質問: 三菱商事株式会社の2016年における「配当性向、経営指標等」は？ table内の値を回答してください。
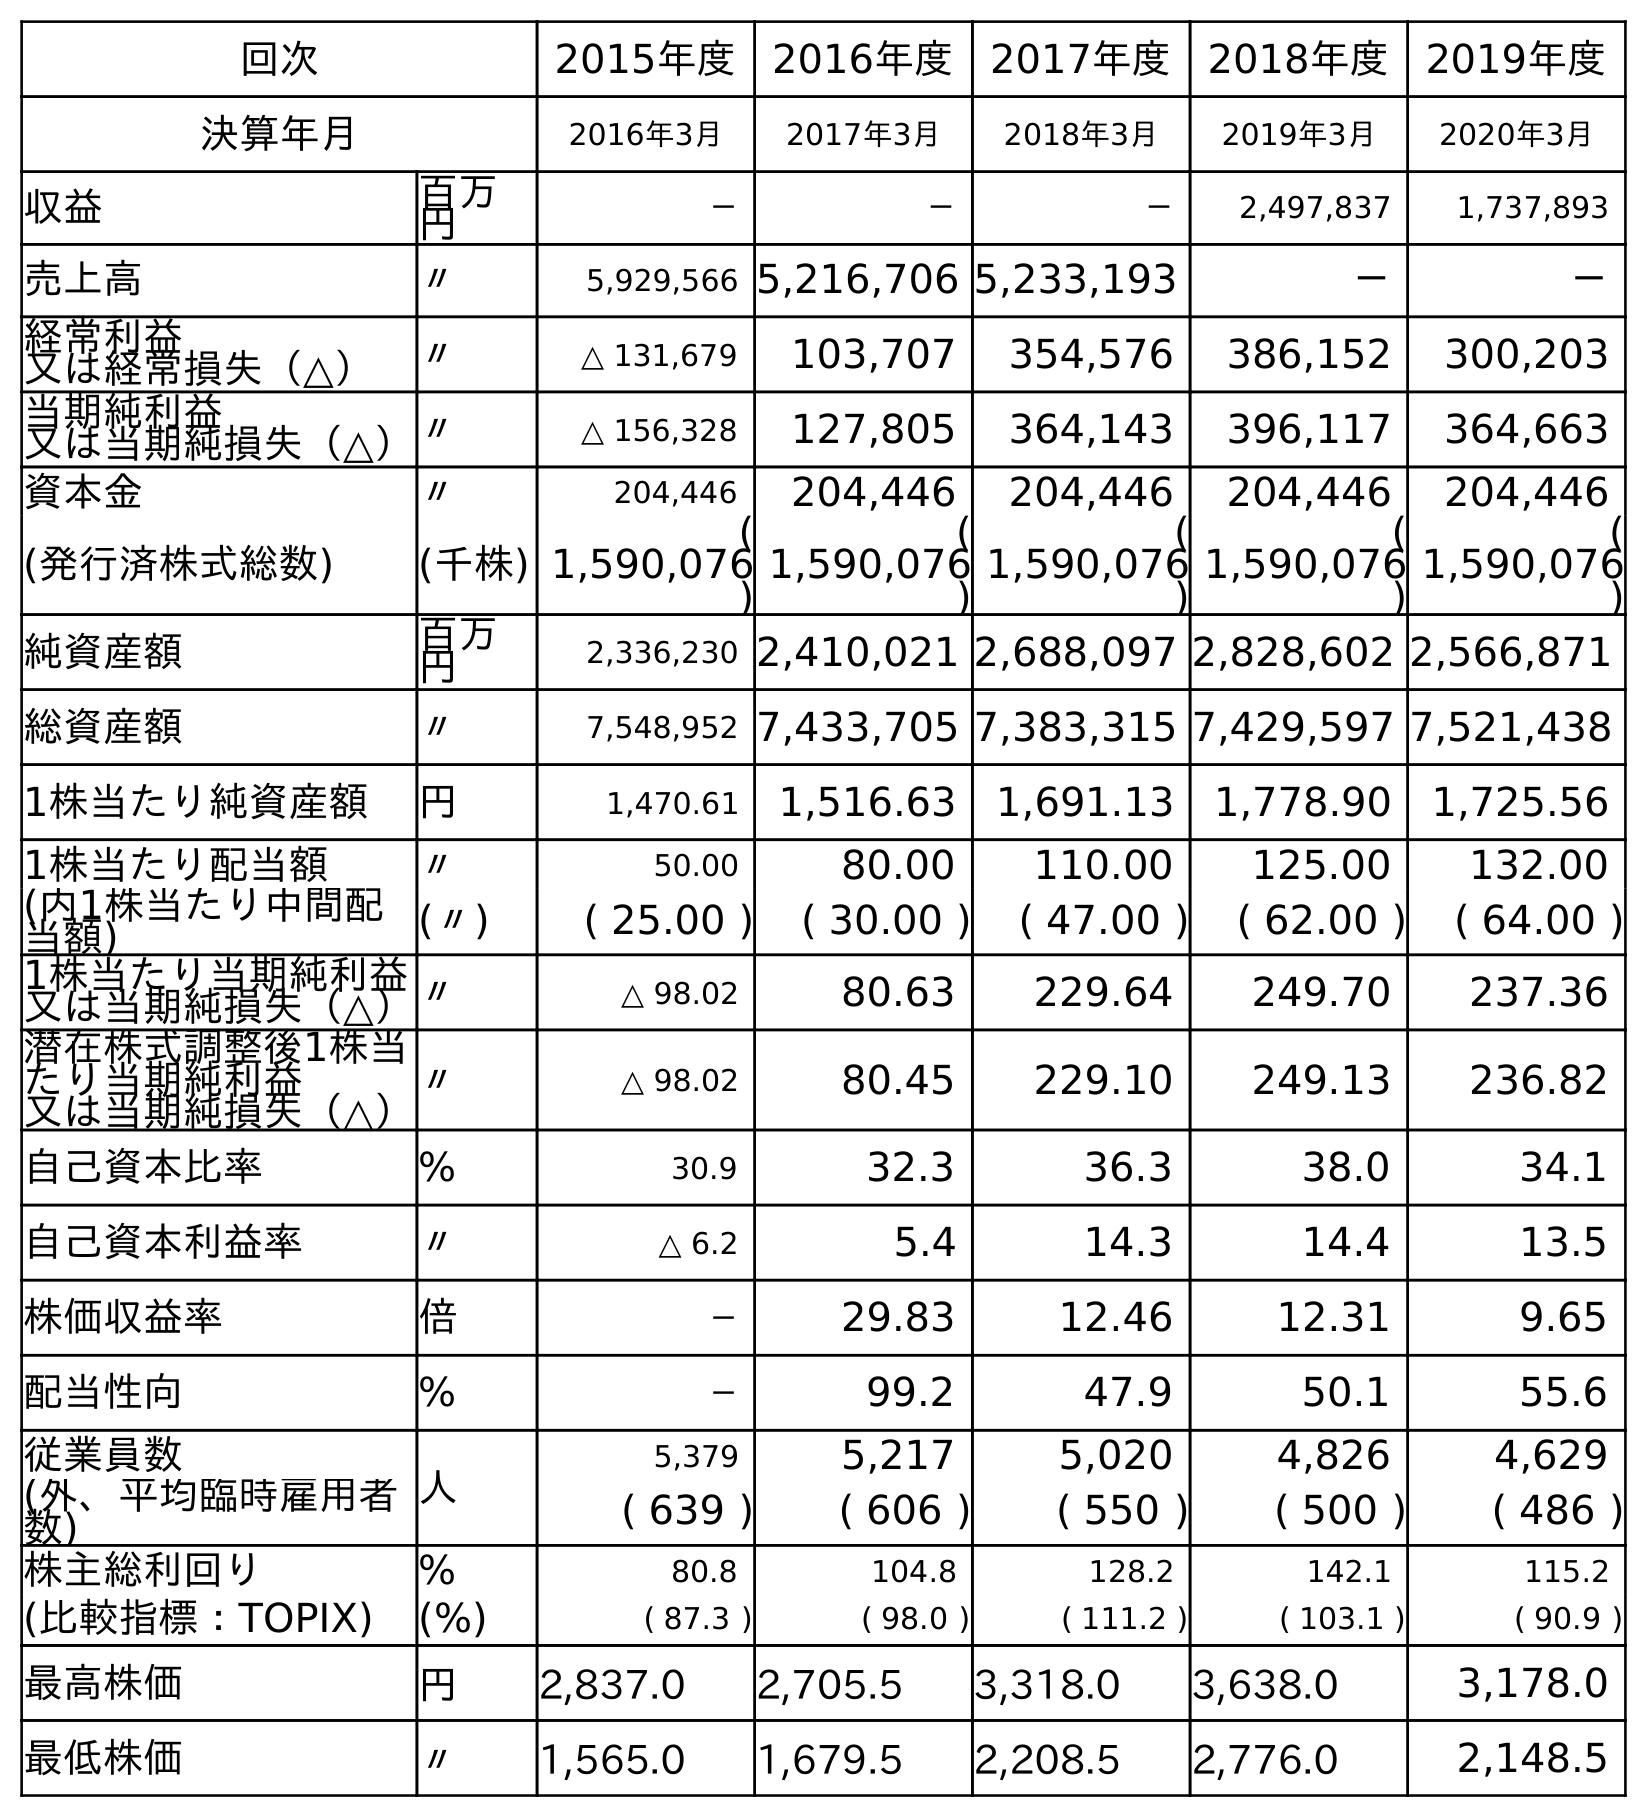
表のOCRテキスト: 回次 2015年度 2016年度 2017年度 2018年度 2019年度 決算年月 2016年3月 2017年3月 2018年3月 2019年3月 2020年3月 収益 百万 円 － － － 2,497,837 1,737,893 売上高 〃 5,929,566 5,216,706 5,233,193 － － 経常利益 又は経常損失（△） 〃 △ 131,679 103,707 354,576 386,152 300,203 当期純利益 又は当期純損失（△）〃 △ 156,328 127,805 364,143 396,117 364,663 資本金 〃 204,446 204,446 204,446 204,446 204,446 (発行済株式総数) (千株) ( 1,590,076 ) ( 1,590,076 ) ( 1,590,076 ) ( 1,590,076 ) ( 1,590,076 ) 純資産額 百万 円 2,336,230 2,410,021 2,688,097 2,828,602 2,566,871 総資産額 〃 7,548,952 7,433,705 7,383,315 7,429,597 7,521,438 1株当たり純資産額 円 1,470.61 1,516.63 1,691.13 1,778.90 1,725.56 1株当たり配当額 〃 50.00 80.00 110.00 125.00 132.00 (内1株当たり中間配 当額) (〃) ( 25.00 ) ( 30.00 ) ( 47.00 ) ( 62.00 ) ( 64.00 ) 1株当たり当期純利益 又は当期純損失（△）〃 △ 98.02 80.63 229.64 249.70 237.36 潜在株式調整後1株当 たり当期純利益 又は当期純損失（△） 〃 △ 98.02 80.45 229.10 249.13 236.82 自己資本比率 % 30.9 32.3 36.3 38.0 34.1 自己資本利益率 〃 △ 6.2 5.4 14.3 14.4 13.5 株価収益率 倍 － 29.83 12.46 12.31 9.65 配当性向 % － 99.2 47.9 50.1 55.6 従業員数 人 5,379 5,217 5,020 4,826 4,629 (外、平均臨時雇用者 数) ( 639 ) ( 606 ) ( 550 ) ( 500 ) ( 486 ) 株主総利回り % 80.8 104.8 128.2 142.1 115.2 (比較指標：TOPIX) (%) ( 87.3 ) ( 98.0 ) ( 111.2 ) ( 103.1 ) ( 90.9 ) 最高株価 円 2,837.0 2,705.5 3,318.0 3,638.0 3,178.0 最低株価 〃 1,565.0 1,679.5 2,208.5 2,776.0 2,148.5
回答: －